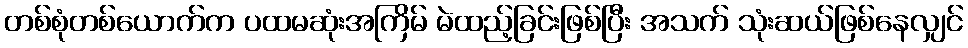
တစ်စုံတစ်ယောက်က ပထမဆုံးအကြိမ် မဲထည့်ခြင်းဖြစ်ပြီး အသက် သုံးဆယ်ဖြစ်နေလျှင်